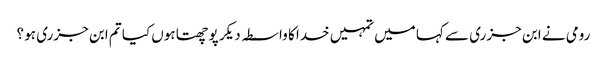
رومی نے ابن جزری سے کہا میں تمہیں خدا کا واسطہ دیکر پوچھتا ہوں کیا تم ابن جزری ہو ؟